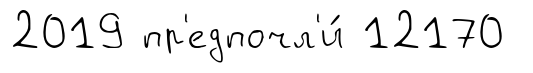
2019 пр'едпочл'и́ 12170